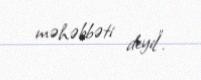
məhəbbəti deyil”.